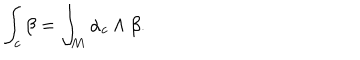
LaTeX: \int _ { c } \beta = \int _ { M } \alpha _ { c } \wedge \beta .